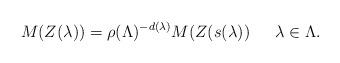
LaTeX: \begin{align*}M(Z(\lambda))=\rho(\Lambda)^{-d(\lambda)}M(Z(s(\lambda))\quad\;\;\lambda\in\Lambda.\end{align*}